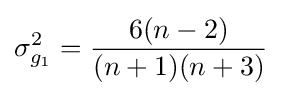
\sigma _{g_{1}}^{2}={\frac {6(n-2)}{(n+1)(n+3)}}